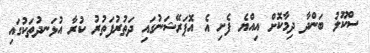
ސްކޫލު ބަންދާ ދިމާކޮށް އިއްޔެ ފެށި އެ އޮޕަރޭޝަނުގައި ދަތުރުފަތުރު ކުރާ އުޅަނދުތަކުގައި